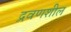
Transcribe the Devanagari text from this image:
द्रवणशील